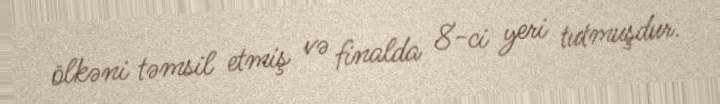
ölkəni təmsil etmiş və finalda 8-ci yeri tutmuşdur.